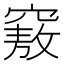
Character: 𥨆